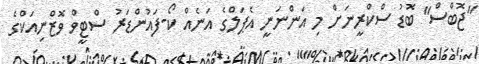
"ޖޮބްސް" ބޮޑު ސްކްރީނަށް މި އަންނަނީ އެޕަލްގެ އަނެއް ކޯ-ފައުންޑަރު ސްޓީވް ވޮޒްނިއަކްގެ